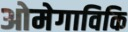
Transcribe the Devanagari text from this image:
ओमेगाविकि